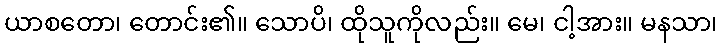
ယာစတော၊ တောင်း၏။ သောပိ၊ ထိုသူကိုလည်း။ မေ၊ ငါ့အား။ မနသာ၊